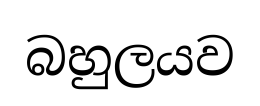
බහුලයව